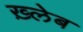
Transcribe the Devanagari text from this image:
ख़्लेब